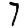
Digit: 7